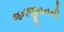
જનજીવનની